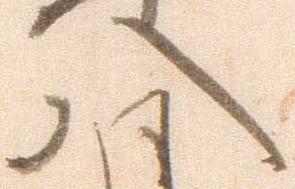
八